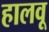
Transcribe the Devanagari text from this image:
हालवू